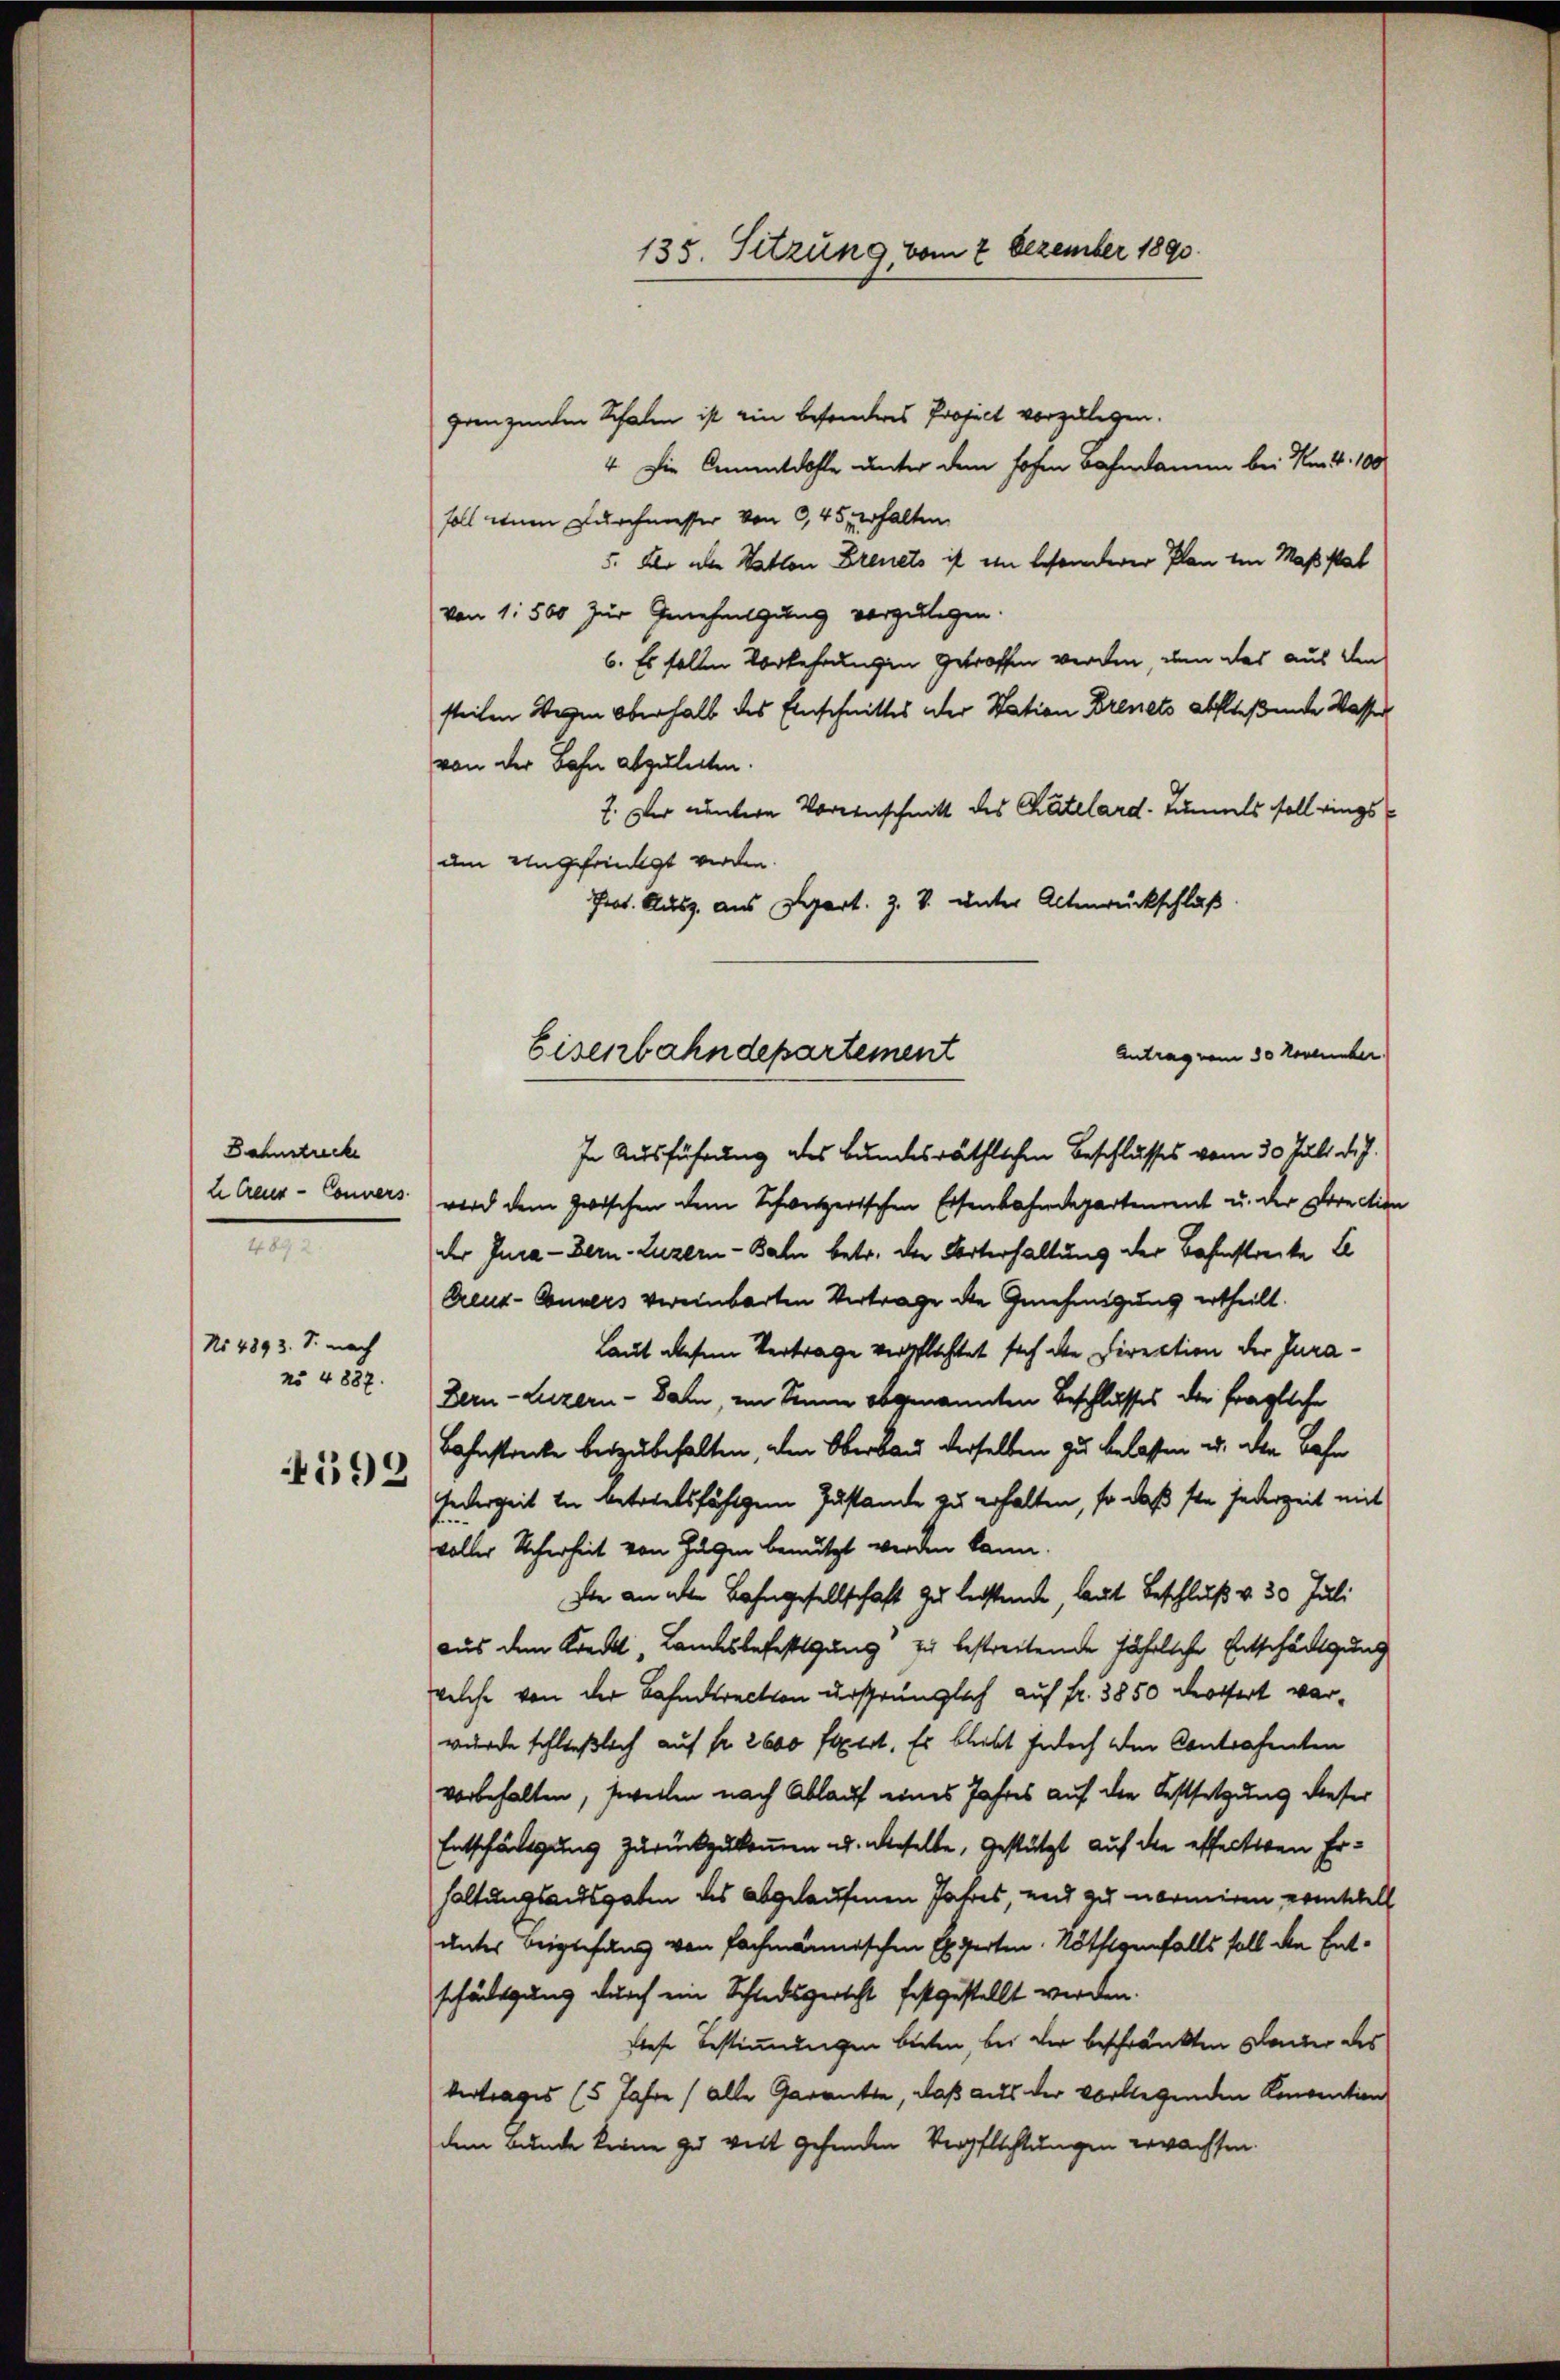
Bahnstrecke
n

No 4893. S. nach
No 4887.
4592

135. Setzung, vom 2 Dezember 1890.

grenzenden Schalen ist ein besonderes Project vorzulegen.
4. Die Amtdohle unter dem hohen Bahndamm bei No 44. 100
soll wenn Durchmesser von 9,45 erhalten
5. Der aber Nation Brevets ist ein besonderer Plan den Maßstat
von 1500 zur Genehmigung vorzulegen.
6. Es sollen Vorkehrungen getroffen werden, um das aus den
steilen Wegen Oberhalb des Einschnittes der Station Brevets abfließende Wasser
von der Bahn abzuleiten.
2. Der runtere Voreinschnitt des Chatelard-Summels soll rings
um Ungefriedigt werden.
Prot. Ausz. aus Depart. Z. V. unter Altenrückschluß
Antrag vom 30 November
In Ausführung des Bundesräthlichen Beschlusses vom 30. Juli d. J.
h Creur-Convers wird dem zwischen dem Schweizerischen Eisenbahndepartement u. der Direction
der Jura - Bern-Luzern - Bahn betr. der Unterhaltung der Bahnstrecke le
Creuz-Convers vereinbarten Vertrage die Genehmigung ertheilt.
Laut diesem Vertrage verpflichtet sich die Direktion der Jura¬
Dern-Luzern - Bahn, im Sinne obgenannten Beschlusses der fragliche
Bahnstrecke beizubehalten, den Oberbau derselben zu belassen u. die Bahn
Federzeit in Betriebsfähigem Zustande zu erhalten, so daß sie jederzeit mit
voller Scherheit von Hugen benutzt werden kann.
Die an der Bahngesellschaft zu leistente, laut Beschluß v. 30 Juli
aus dem Kreckt, Landesbefestigung zu bestreitende fährliche Entschädigung
welche von der Bahndirection ursprünglich auf fr. 3850 destfert verwurde schließlich auf fr. 2600 fixiert. Es bliebt jedoch der Contrahenten
vorbehalten, soweilen nach Ablauf eines Jahres auf die Festsetzung dieser
Entschädigung zurückzukommen u. dieselbe, gestützt auf die effecten Erhaltungsausgaben des abgelaufenen Jahres, und zu normiren erintell
unter Beigefang von fachmännischen Experten. Nöthigenfalls soll die Entschädigung durch ein Schiedsgericht festgestellt werden.
diese Bestimmungen bitten, bei der beschränkten Dauer des
Vertrages (5 Jahre (alle Garante, daß aus der vorliegenden Konvention
dem Bunde keine zu vert gehenden Verpflichtungen erwachsen.

Eisenbahndepartement